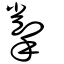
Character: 揱